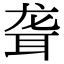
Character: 聋